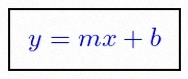
y=mx+b